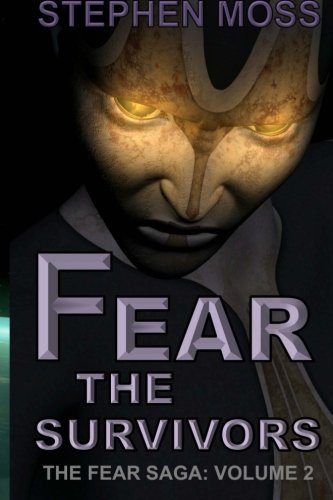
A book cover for Fear the Survivors (The Fear Saga) (Volume 2); Stephen Moss; Science Fiction & Fantasy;